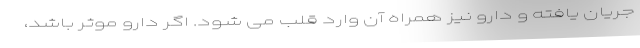
جریان یافته و دارو نیز همراه آن وارد قلب می شود. اگر دارو موثر باشد،